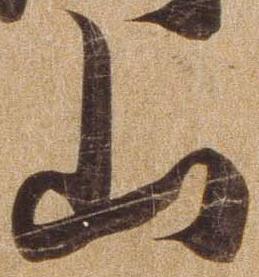
山